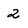
Character: 2